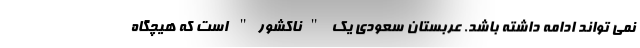
نمی تواند ادامه داشته باشد. عربستان سعودی یک "ناکشور" است که هیچگاه